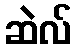
ဆဲလ်